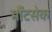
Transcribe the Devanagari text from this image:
मौंटसेक